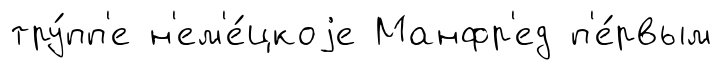
тру́пп'е н'ем'е́цкоjе Манфр'ед п'е́рвым